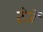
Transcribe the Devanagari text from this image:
टेर्जे